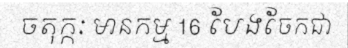
ចតុក្កៈ មានកម្ម 16 បែងចែកជា